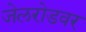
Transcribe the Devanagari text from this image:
जेलरोडवर